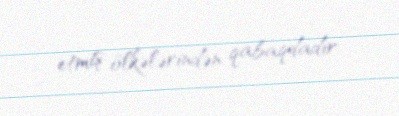
etmiş ölkələrindən qabaqdadır.